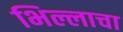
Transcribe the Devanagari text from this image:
भिल्लाचा